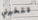
لتخبرني